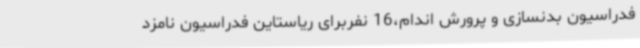
فدراسیون بدنسازی و پرورش اندام،16 نفربرای ریاستاین فدراسیون نامزد